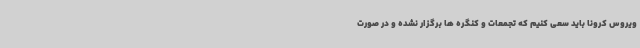
ویروس کرونا باید سعی کنیم که تجمعات و کنگره ها برگزار نشده و در صورت